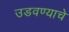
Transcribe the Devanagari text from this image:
उडवण्याचे